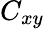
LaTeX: C_{xy}